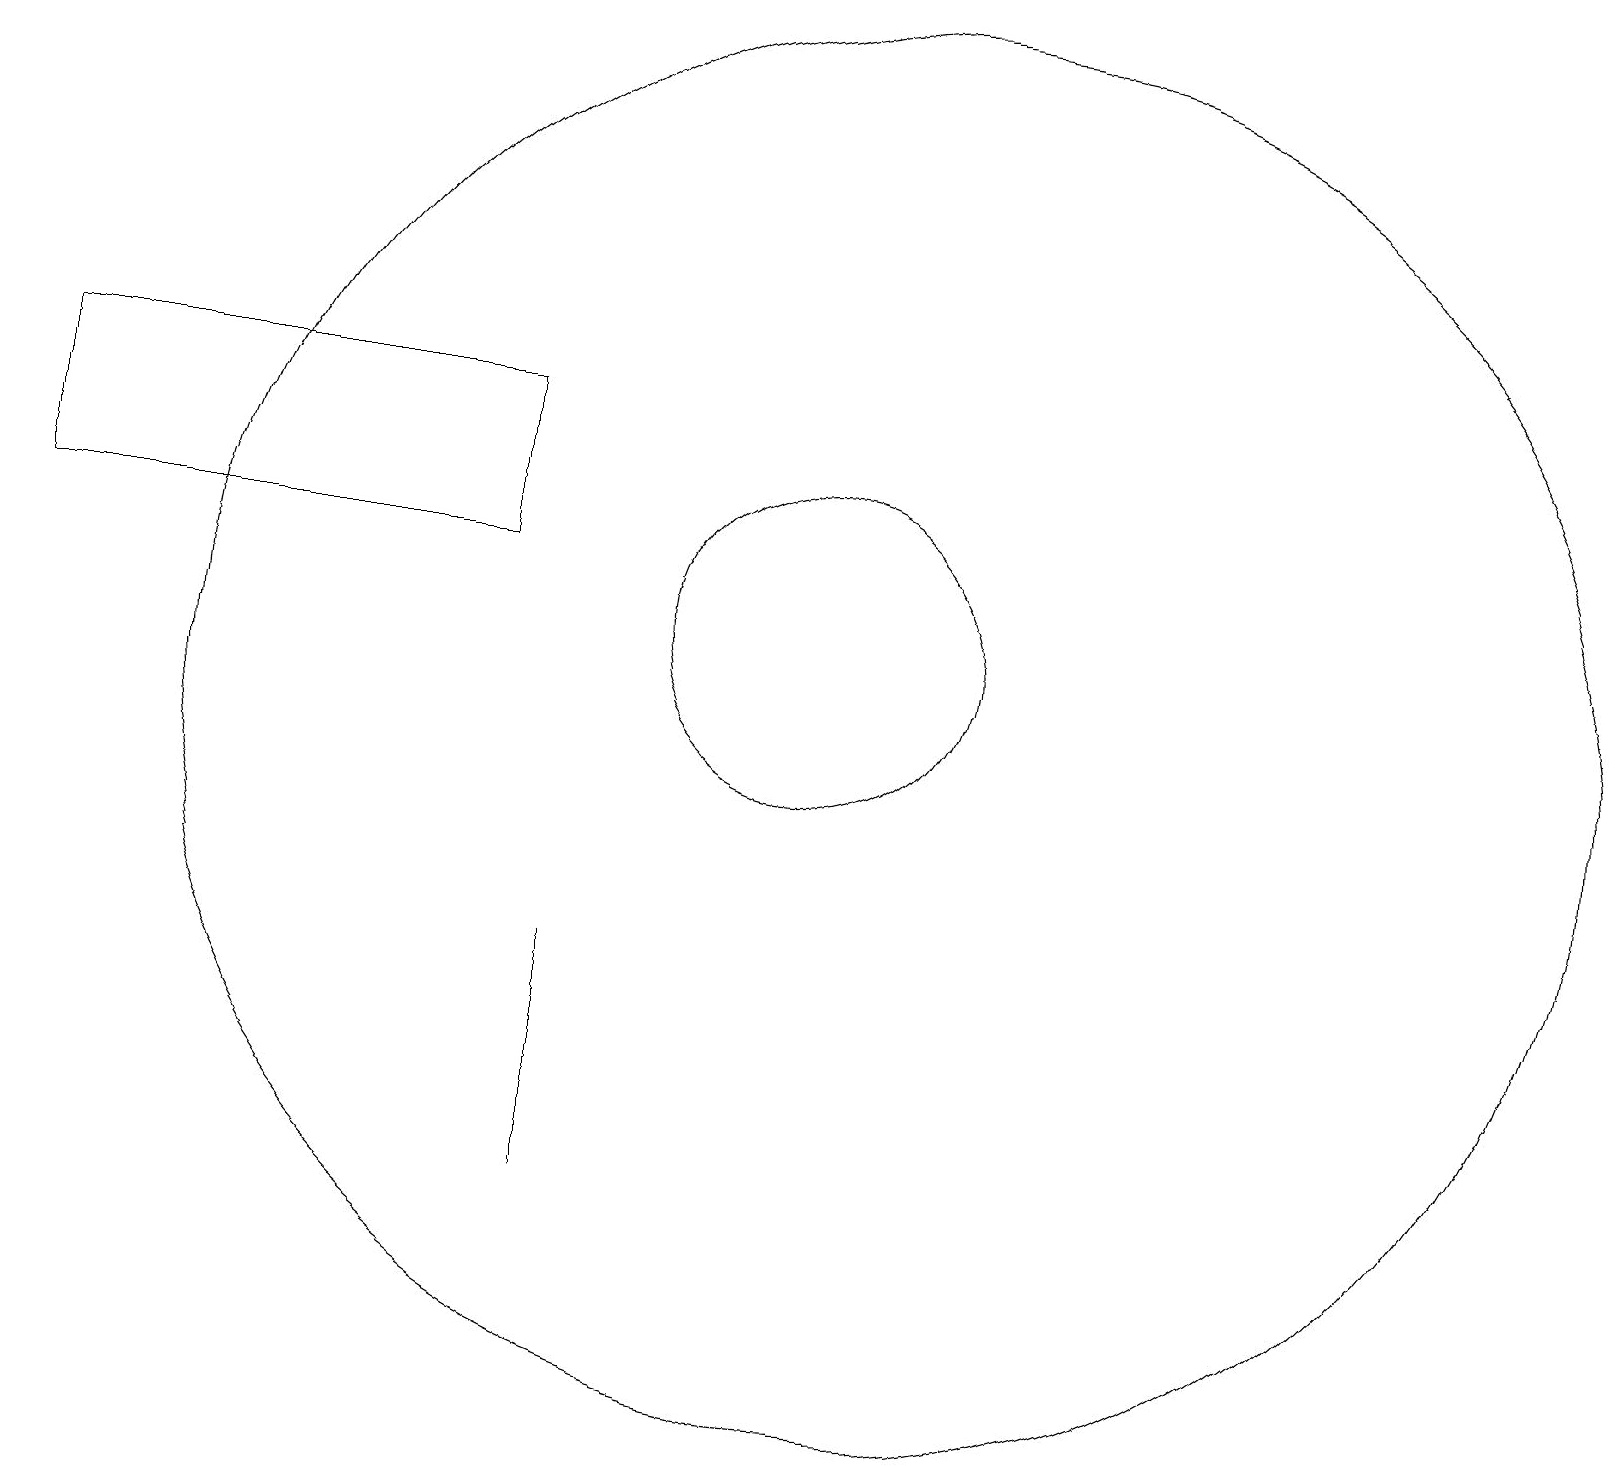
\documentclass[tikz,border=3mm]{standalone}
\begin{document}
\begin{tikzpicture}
\draw (11,11) circle (2);
\draw (8,7) -- (8,4) -- (8,5) -- cycle;
\draw (7,12) rectangle (1,14);
\draw (12,10) circle (9);
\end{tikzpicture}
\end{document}